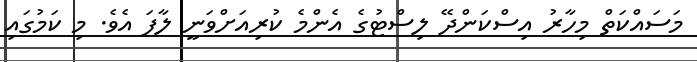
މަސައްކަތް މިހާރު އިސްކަންދޭ ލިސްޓުގެ އެންމެ ކުރިއަށްވަނީ ލާފަ އެވެ. މި ކަމުގައި